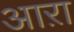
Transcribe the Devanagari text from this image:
आऱा